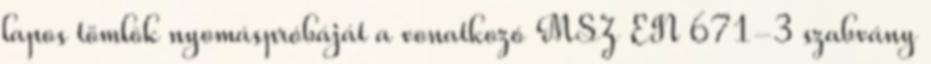
lapos tömlõk nyomáspróbáját a vonatkozó MSZ EN 671-3 szabvány